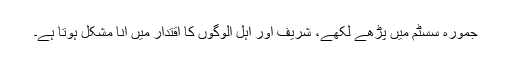
جمورہ سسٹم میں پڑھے لکھے، شریف اور اہل الوگوں کا اقتدار میں آنا مشکل ہوتا ہے۔